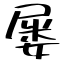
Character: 屡